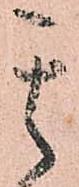
其